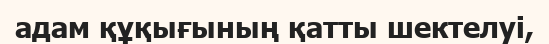
адам құқығының қатты шектелуі,